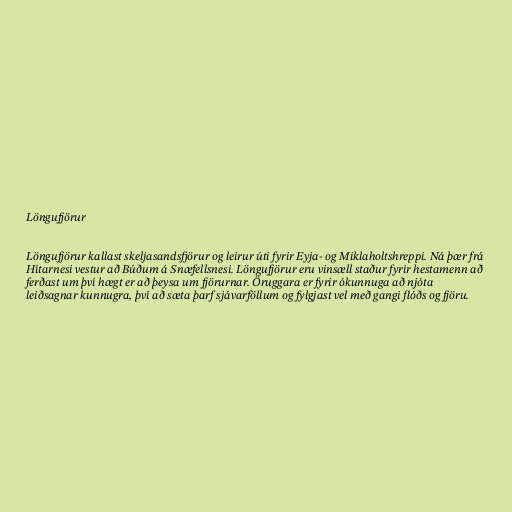
Löngufjörur

Löngufjörur kallast skeljasandsfjörur og leirur úti fyrir Eyja- og Miklaholtshreppi. Ná þær frá
Hítarnesi vestur að Búðum á Snæfellsnesi. Löngufjörur eru vinsæll staður fyrir hestamenn að
ferðast um því hægt er að þeysa um fjörurnar. Öruggara er fyrir ókunnuga að njóta
leiðsagnar kunnugra, því að sæta þarf sjávarföllum og fylgjast vel með gangi flóðs og fjöru.